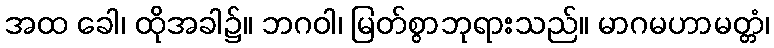
အထ ခေါ၊ ထိုအခါ၌။ ဘဂဝါ၊ မြတ်စွာဘုရားသည်။ မာဂမဟာမတ္တံ၊